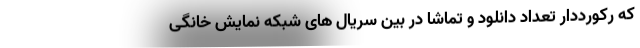
که رکورددار تعداد دانلود و تماشا در بین سریال های شبکه نمایش خانگی